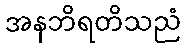
အနဘိရတိသညံ